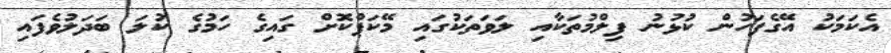
އެކަމަކު އޭގެފަހުން ކުޅުނު ފިލްމުތަކާއި ލަވަތަކުގައި މޭކަޕްކޮށް ގައިގެ ހަމުގެ ކުލަ ބަދަލުވެފައި